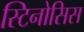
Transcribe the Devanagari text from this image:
स्टिनोसिस